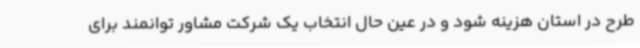
طرح در استان هزینه شود و در عین حال انتخاب یک شرکت مشاور توانمند برای